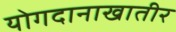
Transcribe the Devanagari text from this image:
योगदानाखातीर